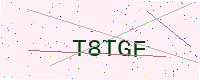
Text: T8TGF